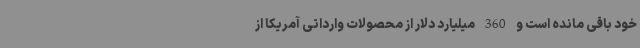
خود باقی مانده است و 360 میلیارد دلار از محصولات وارداتی آمریکا از